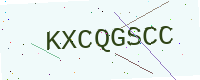
Text: KXCQGSCC